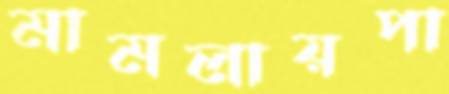
মামলায়পা